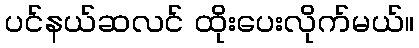
ပင်နယ်ဆလင် ထိုးပေးလိုက်မယ်။